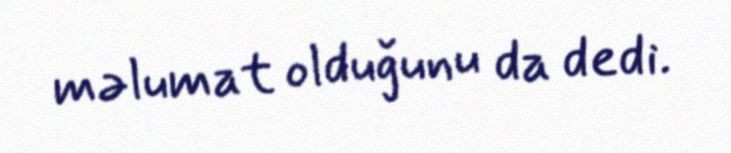
məlumat olduğunu da dedi.